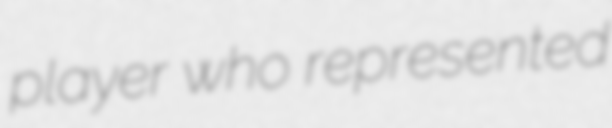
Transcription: player who represented